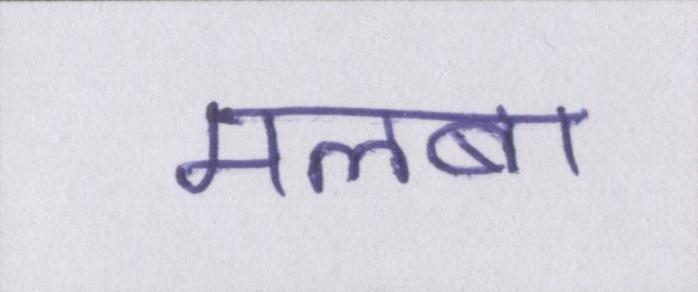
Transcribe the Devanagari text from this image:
मलबा